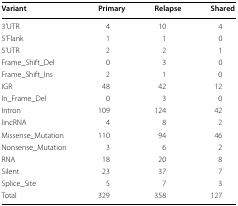
| Variant | Primary | Relapse | Shared |
 | --- | --- | --- | --- |
 | 3’UTR | 4 | 10 | 4 |
 | 5’Flank | 1 | 1 | 0 |
 | 5’UTR | 2 | 2 | 1 |
 | Frame_Shift_Del | 0 | 3 | 0 |
 | Frame_Shift_Ins | 2 | 1 | 0 |
 | IGR | 48 | 42 | 12 |
 | In_Frame_Del | 0 | 3 | 0 |
 | Intron | 109 | 124 | 42 |
 | lincRNA | 4 | 8 | 2 |
 | Missense_Mutation | 110 | 94 | 46 |
 | Nonsense_Mutation | 3 | 6 | 2 |
 | RNA | 18 | 20 | 8 |
 | Silent | 23 | 37 | 7 |
 | Splice_Site | 5 | 7 | 3 |
 | Total | 329 | 358 | 127 |